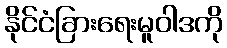
နိုင်ငံခြားရေးမူဝါဒကို